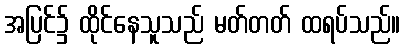
အပြင်၌ ထိုင်နေသူသည် မတ်တတ် ထရပ်သည်။